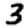
Digit: 3